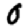
Digit: 0